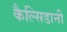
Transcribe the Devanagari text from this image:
कैल्सिडानी